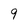
Character: 9